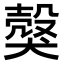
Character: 𤠼